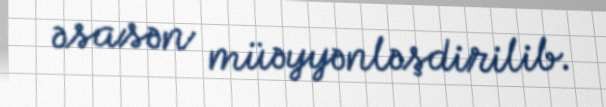
əsasən müəyyənləşdirilib.